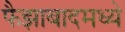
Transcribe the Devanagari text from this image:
फैझाबादमध्ये